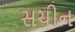
સચીન